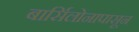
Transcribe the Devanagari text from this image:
बार्सिलोनापासून